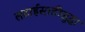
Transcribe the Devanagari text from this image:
लढाईसाठीसुद्धा